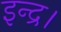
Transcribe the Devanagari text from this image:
इन्द्र।